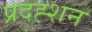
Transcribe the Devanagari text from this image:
प्रदह्शन